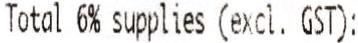
TOTAL 6% SUPPLIES (EXCL. GST):